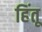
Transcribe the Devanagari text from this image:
हिंतू